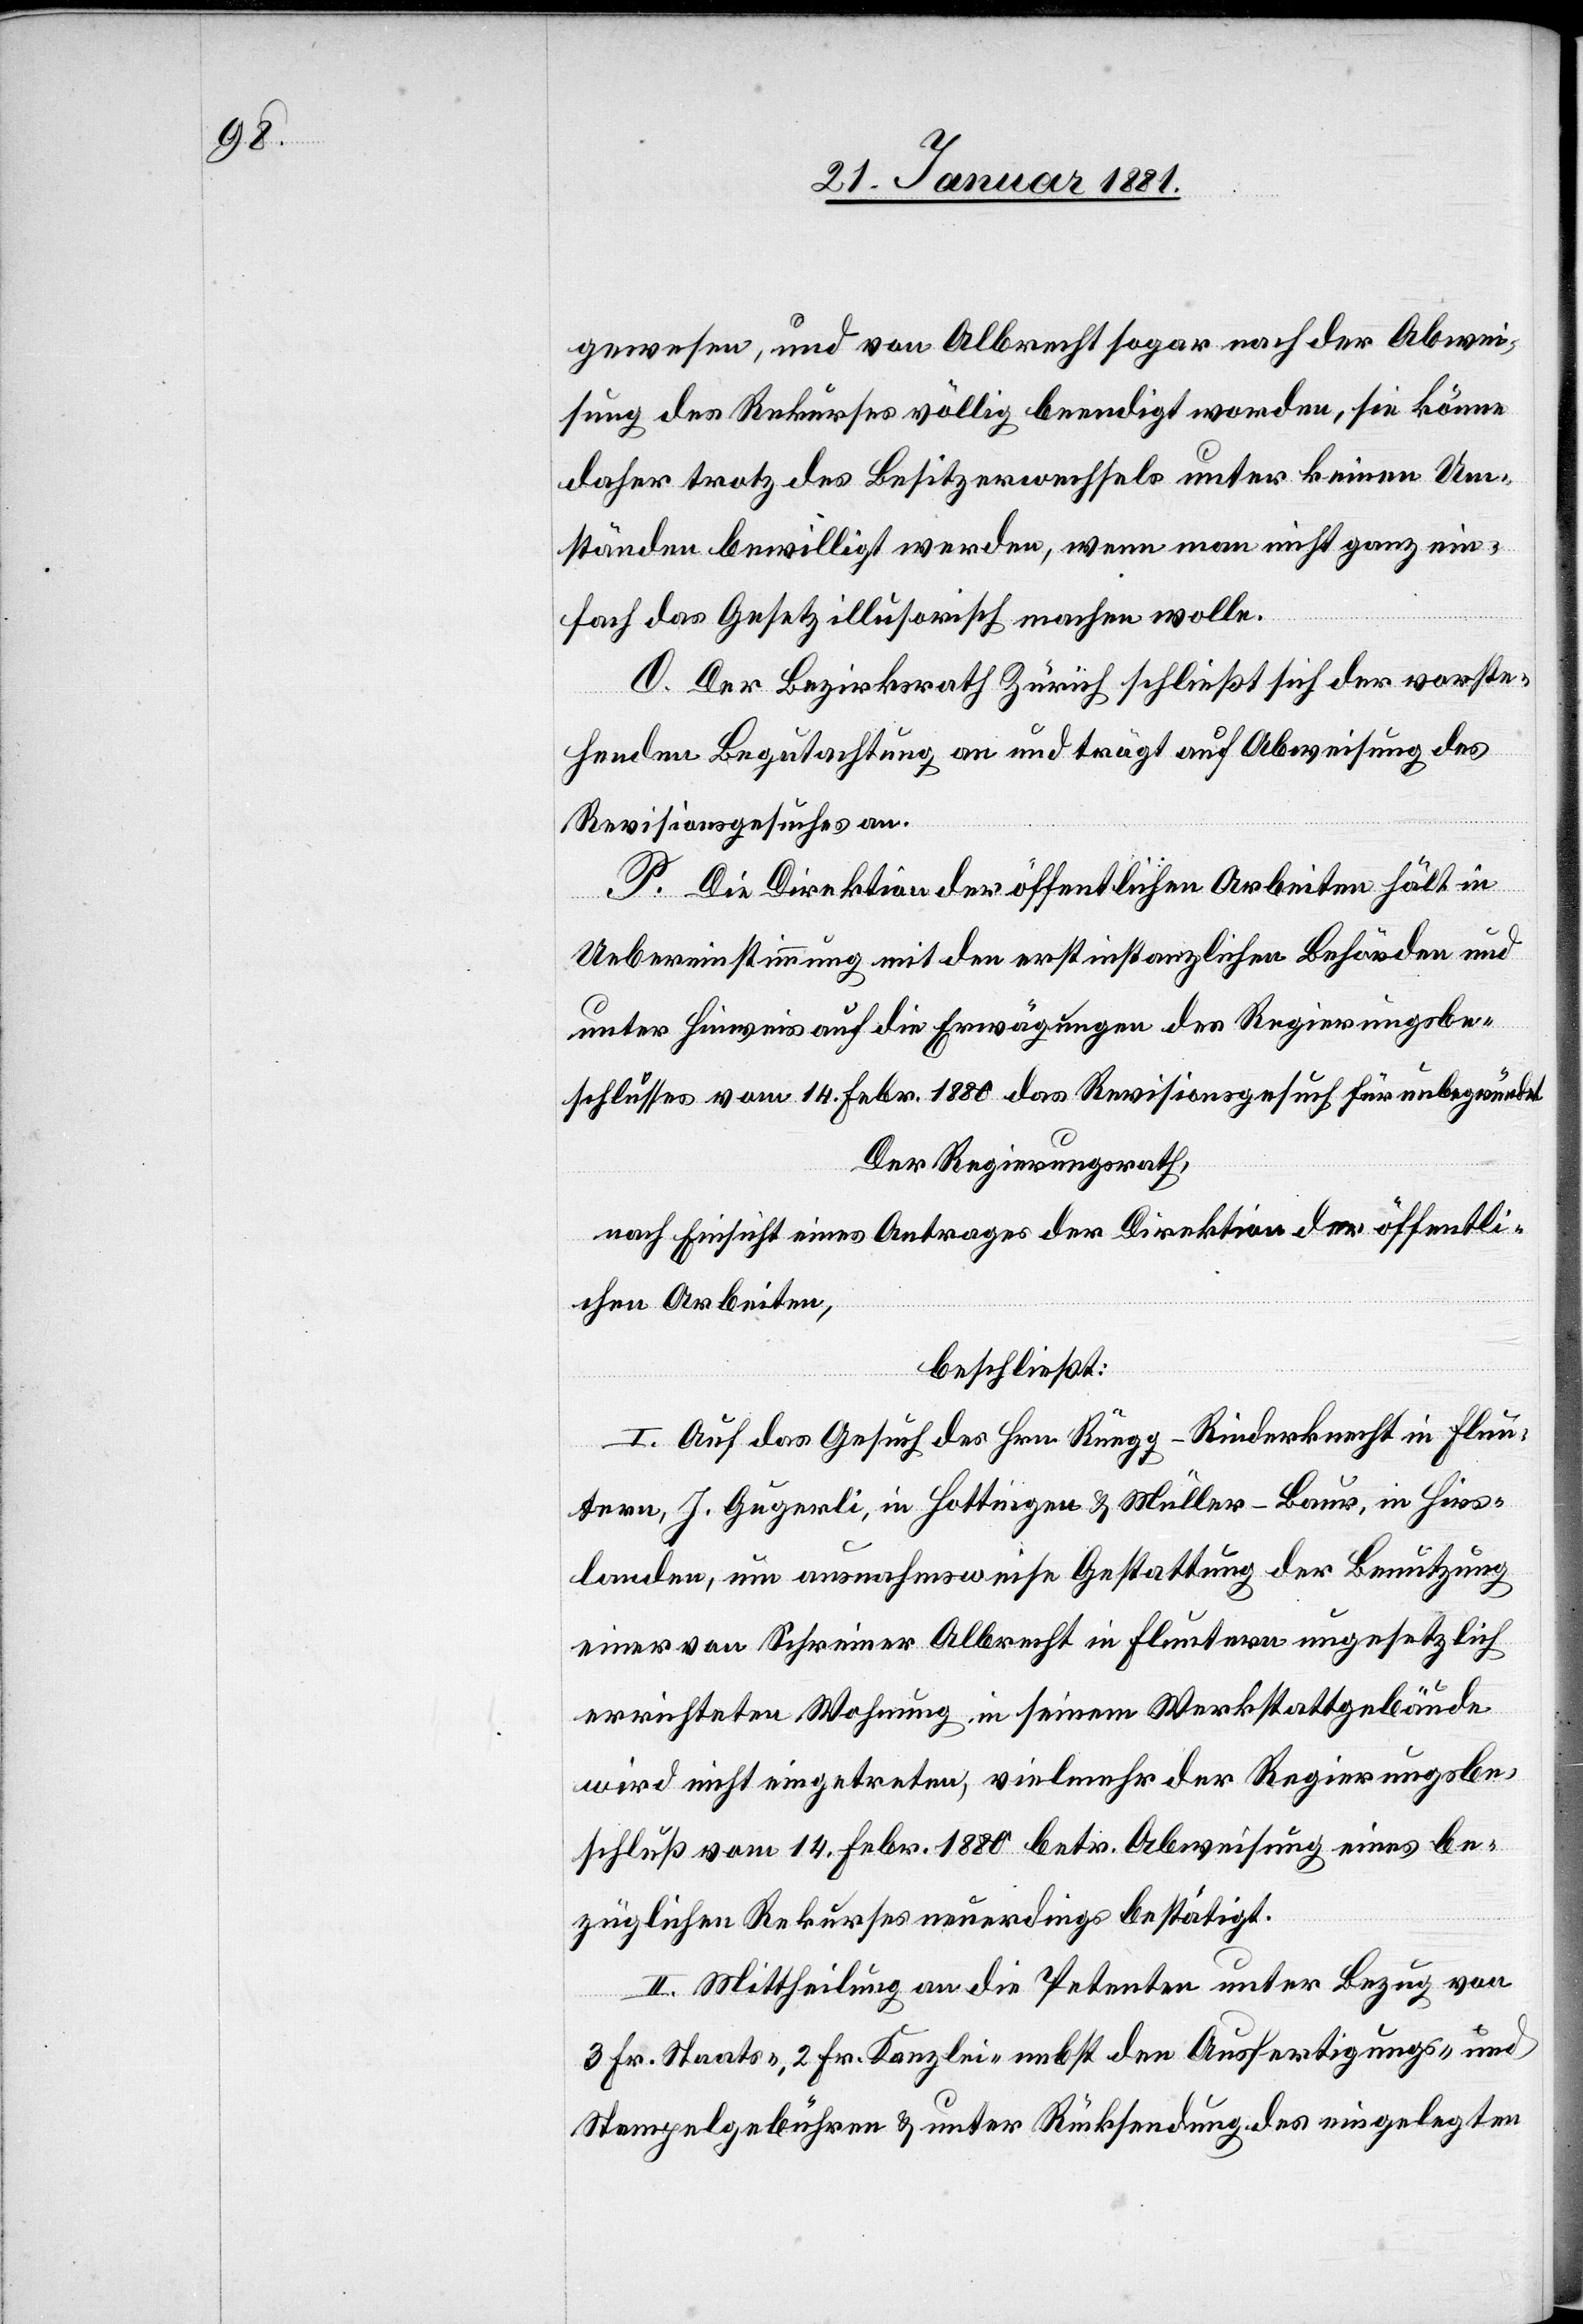
gewesen, und von Albrecht sogar nach der Abwei¬
sung des Rekurses völlig beendigt worden, sie könne
daher trotz des Besitzerwechsels unter keinen Um¬
ständen bewilligt werden, wenn man nicht ganz ein¬
fach das Gesetz illusorisch machen wolle.
O. Der Bezirksrath Zürich schließt sich der vorste¬
henden Begutachtung an und trägt auf Abweisung des
Revisionsgesuches an.
P. Die Direktion der öffentlichen Arbeiten hält in
Uebereinstimmung mit den erstinstanzlichen Behörden und
unter Hinweis auf die Erwägungen des Regierungsbe¬
schlusses vom 14. Febr. 1880 das Revisionsgesuch für unbegründet.
Der Regierungsrath,
nach Einsicht eines Antrages der Direktion der öffentli¬
chen Arbeiten,
beschließt:
I. Auf das Gesuch des Hrn. Rüegg-Rinderknecht in Flun¬
tern, J. Gugerli, in Hottingen & Müller-Baur, in Hirs¬
landen, um ausnahmsweise Gestattung der Benutzung
einer von Schreiner Albrecht in Fluntern ungesetzlich
errichteten Wohnung in seinem Werkstattgebäude
wird nicht eingetreten, vielmehr der Regierungsbe¬
schluß vom 14. Febr. 1880 betr. Abweisung eines be¬
züglichen Rekurses neuerdings bestätigt.
II. Mittheilung an die Petenten unter Bezug von
3 Fr. Staats-, 2 Fr. Kanzlei- nebst den Ausfertigungs- und
Stempelgebühren & unter Rücksendung des eingelegten